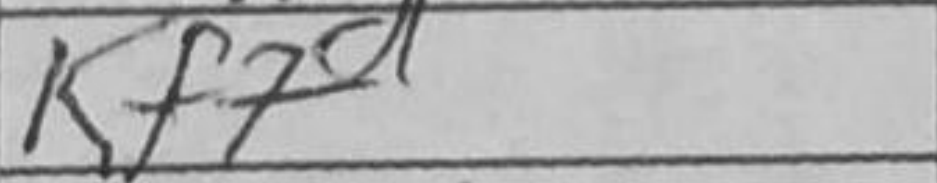
Transcription: Kf7